Indian Civil Veterinary Department memoirs
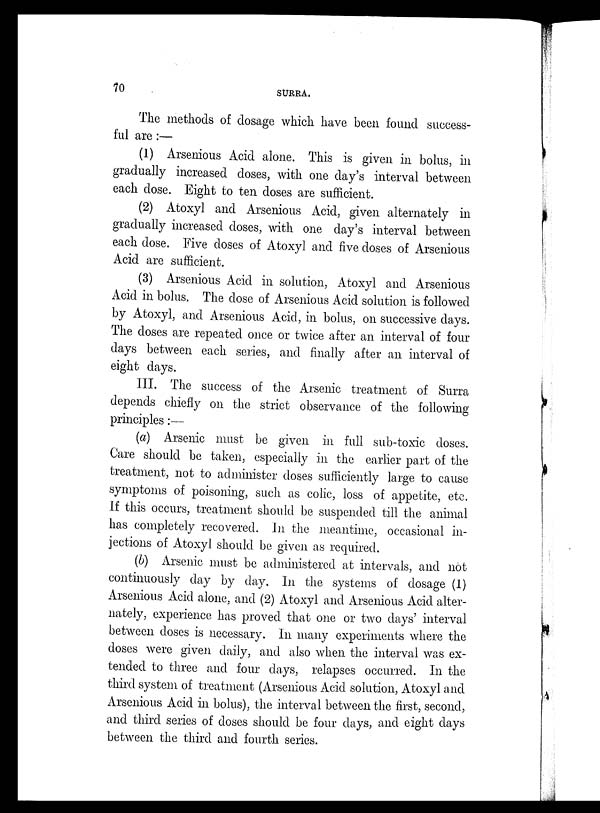
70
SURRA.
The methods of dosage which have been found success-
ful are:—
(1) Arsenious Acid alone. This is given in bolus, in
gradually increased doses, with one day's interval between
each dose. Eight to ten doses are sufficient.
(2) Atoxyl and Arsenious Acid, given alternately in
gradually increased doses, with one day's interval between
each dose. Five doses of Atoxyl and five doses of Arsenious
Acid are sufficient.
(3) Arsenious Acid in solution, Atoxyl and Arsenious
Acid in bolus. The dose of Arsenious Acid solution is followed
by Atoxyl, and Arsenious Acid, in bolus, on successive days.
The doses are repeated once or twice after an interval of four
days between each series, and finally after an interval of
eight days.
III. The success of the Arsenic treatment of Surra
depends chiefly on the strict observance of the following
principles:—
(a) Arsenic must be given in full sub-toxic doses.
Care should be taken, especially in the earlier part of the
treatment, not to administer doses sufficiently large to cause
symptoms of poisoning, such as colic, loss of appetite, etc.
If this occurs, treatment should be suspended till the animal
has completely recovered. In the meantime, occasional in-
jections of Atoxyl should be given as required.
(6) Arsenic must be administered at intervals, and not
continuously day by day. In the systems of dosage (1)
Arsenious Acid alone, and (2) Atoxyl and Arsenious Acid alter-
nately, experience has proved that one or two days' interval
between doses is necessary. In many experiments where the
doses were given daily, and also when the interval was ex-
tended to three and four days, relapses occurred. In the
third system of treatment (Arsenious Acid solution, Atoxyl and
Arsenious Acid in bolus), the interval between the first, second,
and third series of doses should be four days, and eight days
between the third and fourth series.